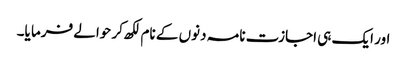
اور ایک ہی اجازت نامہ دنوں کے نام لکھ کر حوالے فرما یا۔